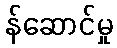
န်ဆောင်မှု